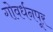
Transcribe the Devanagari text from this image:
गोवर्धनपूर